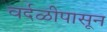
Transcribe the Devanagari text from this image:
वर्दळीपासून